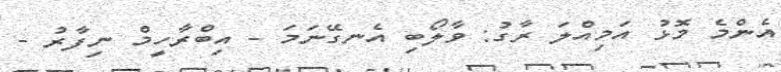
އެންމެ މޮޅު އަމިއްލަ ރާގު: ވާލޯބި އެނގޭނަމަ - އިބްރާހީމް ނިފާރު -